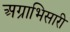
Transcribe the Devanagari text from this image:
अग्राभिसारी